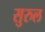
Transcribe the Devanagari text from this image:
सुरुल